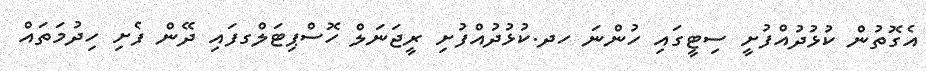
އެގޮތުން ކުޅުދުއްފުށީ ސިޓީގައި ހުންނަ ހދ.ކުޅުދުއްފުށި ރީޖަނަލް ހޮސްޕިޓަލްގފައި ދޭން ފެށި ހިދުމަތައް